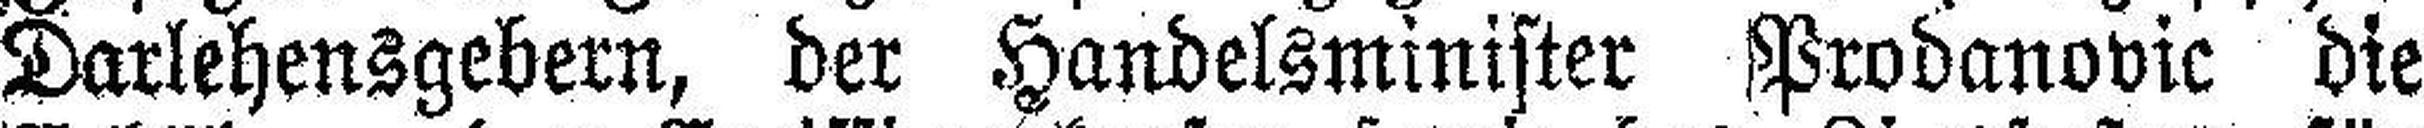
Darlehensgebern, der Handelsminister Prodanovic die